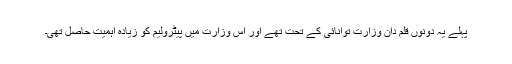
پہلے یہ دونوں قلم دان وزارتِ توانائی کے تحت تھے اور اس وزارت میں پیٹرولیم کو زیادہ اہمیت حاصل تھی۔